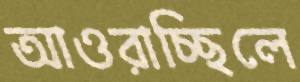
আওরাচ্ছিলে